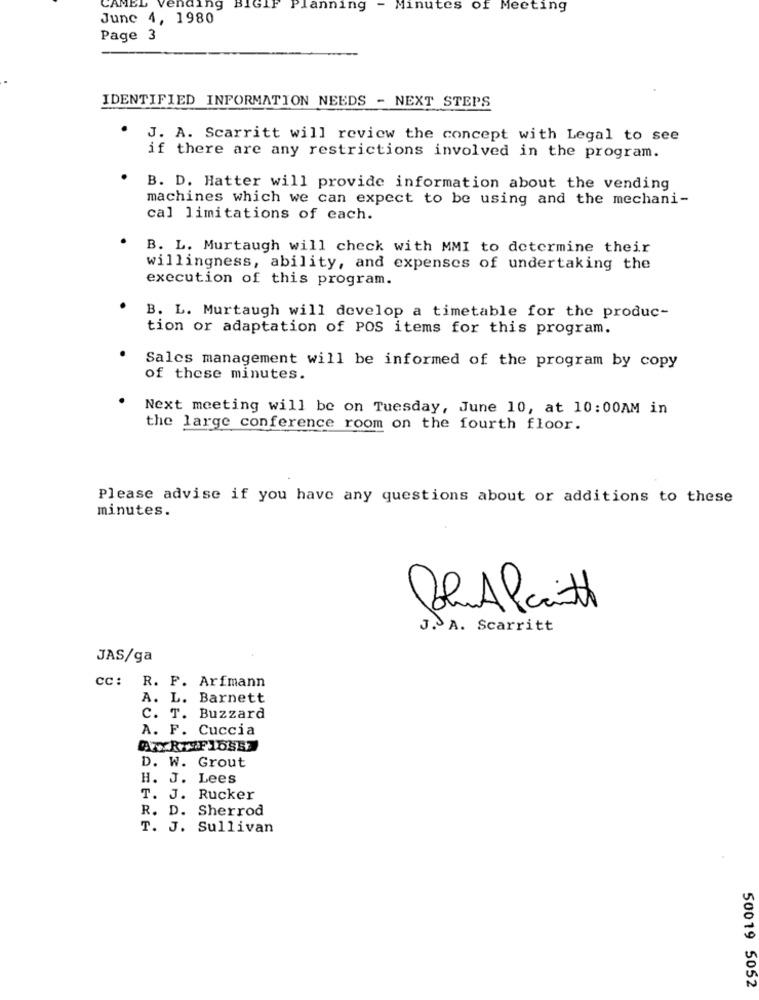
AMEL
vending
BIGIF
Planning
Minutes
of Meeting
June 4, 1980
Page 3
IDENTIFIED INFORMATION NEEDS - NEXT STEPS
. J. A. Scarritt will review the concept with Legal to see
if there are any restrictions involved in the program.
B. D. Hatter will provide information about the vending
machines which we can expect to be using and the mechani-
cal limitations of each.
B. L. Murtaugh will check with MMI to determine their
willingness, ability, and expenses of undertaking the
execution of this program.
B. L. Murtaugh will develop a timetable for the produc-
tion or adaptation of POS items for this program.
Sales management will be informed of the program by copy
of these minutes.
Next meeting will be on Tuesday, June 10, at 10:00AM in
the large conference room on the fourth floor.
Please advise if you have any questions about or additions to these
minutes.
PoluA Parità
J. A. Scarritt
JAS/ga
cc: R. F. Arfmann
A. L. Barnett
C. T. Buzzard
A. F. Cuccia
D. W. Grout
H. J. Lees
T. J. Rucker
R. D. Sherrod
T. J. Sullivan
50019 5052